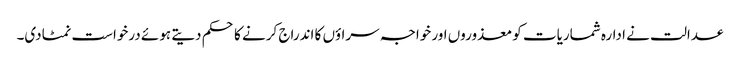
عدالت نے ادارہ شماریات کو معذوروں اور خواجہ سراؤں کا اندراج کرنے کا حکم دیتے ہوئے درخواست نمٹادی۔